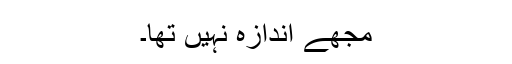
مجھے اندازہ نہیں تھا۔